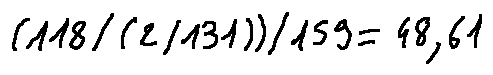
( 1 1 8 / ( 2 / 1 3 1 ) ) / 1 5 9 = 4 8 . 6 1